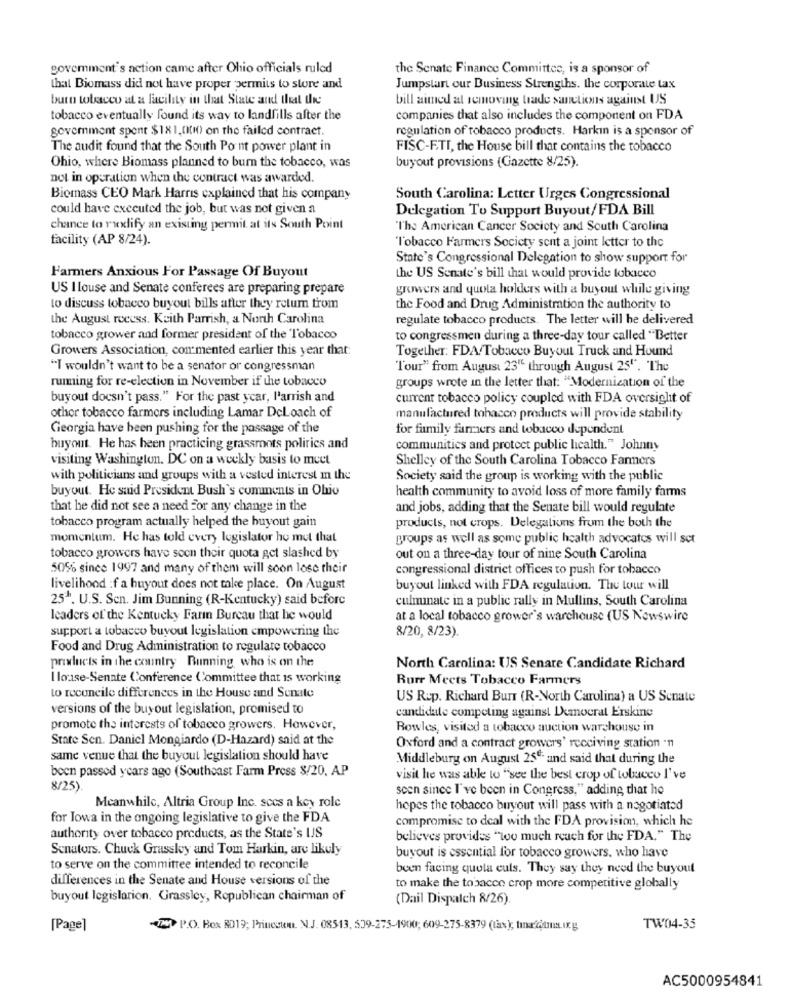
govemment's action came after Ohio officials ruled
the Senate Finance Committee, is a sponsor of
that Biomass did not have proper permits to store and
Jumpstart our Business Strengths. the corporate tax
burn tobacco at a facility in that State and that the
bill aimed at removing trade sanctions against US
tobacco eventually found its way to landfills after the
companies that also includes the component on FDA
government spent $1X1,0010) on the failed contract.
regulation of tobacco products. Harkin is a sponsor of
The audit found that the South Point power plant in
FISC-ETI, the House bill that contains the tobacco
Ohio, where Biomass planned to burn the tobacco, was
buyout provisions (Gazette 8/25).
not in operation when the contract was awarded.
Biomass CEO Mark Harris explained that his company
South Carolina: Letter Urges Congressional
could have executed the job, but was not given a
Delegation To Support Buyout/FDA Bill
chance to rxxlify an existing permit at its South Point
"The American Cancer Society and South Carolina
facility (AP 8/24).
"Tobacco Farmers Society sent a joint letter to the
State's Congressional Delegation to show support for
Farmers Anxious For Passage Of Buyout
the US Senate's bill that would provide tobacco
US I louse and Senate conferees are preparing prepare
growers and quota holders with a buyout while giving
to discuss tobacco buyout bills after they retum trom
the Food and Drug Administration the authority to
the August rocess. Keith Parrish, a North Carolina
regulate tobacco products. The letter will be delivered
tobacco grower and former president of the Tobacco
to congressmen during a three-day tour called "Better
Growers Association, commented earlier this year that:
Together: FDA Tobacco Buyout Truck and Hound
"I wouldn't want to be a senator or congressman
Tour" from August 23" through August 25". The
ruming for re-election in November if the tobacco
groups wrote in the letter that: "Modernization of the
buyout doesn't pass." For the past year, l'arrish and
current tobacco policy coupled with FDA oversight of
other tobacco farmers including Lamar DeLoach of
manufactured tobacco products will provide stability
Georgia have been pushing for the passage of the
for family farmers and tobacco dependent
buyout. He has been practicing grassroots politics and
communities and protect public licalth." Johnny
visiting Washington. DC on a weekly basis to meet
Shelley of the South Carolina Tobacco Farmers
with politicians and groups with a vested interest m the
Society said the group is working with the public
buyout. He said President Bush's comments in Ohio
health community to avoid loss of more family farms
that he did not see a need For any change in the
and jobs, adding that the Senate bill would regulate
tobacco program actually helped the buyout gain
products, not crops. Delegations from the both the
momentum. He has told every legislator ho mut that
groups as well as some public health advocates will set
tobacco growers have seen their quota get slashed by
out on a three-day tour of nine South Carolina
50% since 1997 and many of them will soon lose their
congressional district offices to push for tobacco
livelihood :f a buyout does not take place. On August
buyout linked with FDA regulation. The tour will
251. U.S. Sen. Jim Bunning (R-Kentucky) said before
culnunate in a public rally in Mullins, South Carolina
leaders of the Kentucky Farm Bureau that he would
at a local tobacco grower's warchouse (US Nowswire
support a tobacco buyout legislation empowering the
8/20, 8/23).
Food and Drug Administration to regulate tobacco
products in the country Running, who is on the
North Carolina: US Senare Candidate Richard
I louse-Senate Conference Committee that is working
Burr Meets Tobacco Farmers
to reconcile differences in the House and Senate
US Rep. Richard Burr (R-North Carolina) a US Senate
versions of the buyout legislation, promised to
candidate competing against Deanocrat Erskine
promote the interests of tobacco growers. However,
Rowles, visited a tobacco auction warehouse in
State Sen. Daniel Mongiardo (D-Hazard) said at the
Oxford and a contract growers' receiving station -11
same venue that the buyout legislation should have
Middleburg on August 25". and said that during the
been passed years ago (Southeast Farm Press $/20. AP
visit he was able to "see the best crop of tobacco I've
8/25)
scen since I've been in Congress," adding that he
Meanwhile, Altria Group Inc. sccs a key role
hopes the tobacco buyout will pass with a negotiated
for Jowa in the ongoing legislative to give the FDA
compromise to deal with the FDA provision, which he
authority over tobacco products, as the State's IJS
believes provides "too much reach for the FDA." The
Senators. Chuck Grassley and Tom Harkin, are likely
buyout is essential for tobacco growers, who have
to serve on the committee intended to reconcile
been facing quola culs. They say they need the buyout
differences in the Senate and House versions of the
to make the tobacco crop more competitive globally
buyout legislarion. Grassley, Republican chairman of
(Dail Dispatch 8/26)
[Page]
- P.O. Box RD19; Princcum. N.J. 08513, 509-275-1900; 609-275-8379 (tax); tinaftms ung
TW04-35
AC5000954841